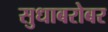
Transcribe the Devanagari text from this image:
सुधाबरोबर